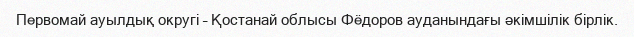
Первомай ауылдық округі – Қостанай облысы Фёдоров ауданындағы әкімшілік бірлік.